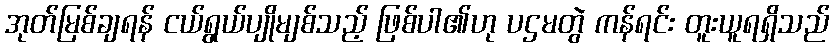
အုတ်မြစ်ချရန် ငယ်ရွယ်ပျိုမျစ်သည့် ဖြစ်ပါ၏ဟု ပဌမတွဲ ကန်ရင်း တူးယူရရှိသည်